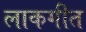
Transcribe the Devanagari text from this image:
लाकगीत